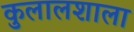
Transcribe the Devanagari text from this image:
कुलालशाला